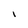
Character: I